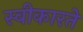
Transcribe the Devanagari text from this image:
स्‍वीकारते